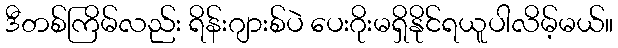
ဒီတစ်ကြိမ်လည်း ရိန်းဂျားစ်ပဲ ပေးဂိုးမရှိနိုင်ရယူပါလိမ့်မယ်။